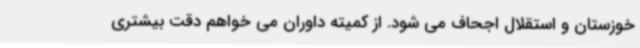
خوزستان و استقلال اجحاف می شود. از کمیته داوران می خواهم دقت بیشتری